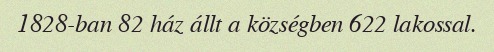
1828-ban 82 ház állt a községben 622 lakossal.